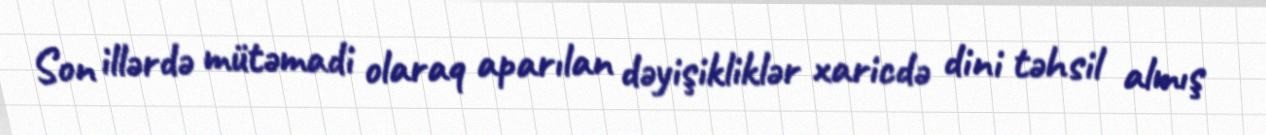
Son illərdə mütəmadi olaraq aparılan dəyişikliklər xaricdə dini təhsil almış